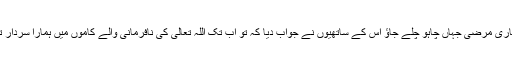
تمھاری مرضی جہاں چاہو چلے جاؤ اس کے ساتھیوں نے جواب دیا کہ تو اب تک اللہ تعالٰی کی نافرمانی والے کاموں میں ہمارا سردار تھا ۔